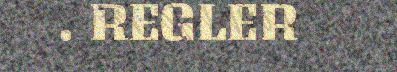
. REGLER